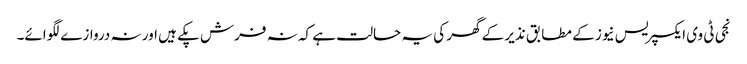
نجی ٹی وی ایکسپریس نیوز کے مطابق نذیر کے گھر کی یہ حالت ہے کہ نہ فرش پکے ہیں اور نہ دروازے لگوائے۔